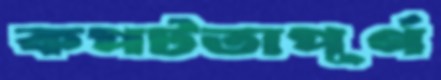
কপটতাপূর্ণ